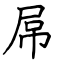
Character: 屌